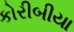
કોરીબીયા